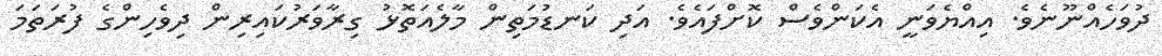
ދުވަހެއްނޫނެވެ. އިއްޔެވަނީ އެކަންވެސް ކޮށްފައެވެ. އަދި ކަނޑުމަތިން މާލެއަތޮޅު ގިރާވަރުކައިރިން ދިވެހިންގެ ފުރަތަމަ